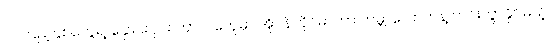
၂၀ ပြည့်နှစ်တွေရဲ့ နှောင်းပိုင်း ကာလတွေမှာ အိုပဲန်ဟိုင်မာဟာ ကမ္ဘာလောကနဲ့ ကင်းကွာနိုင်မယ့်